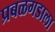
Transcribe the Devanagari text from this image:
प्रबळगडाला